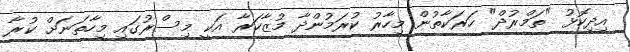
އިދިކޮޅު "ތަމްރުދް" ހަރަކާތުން މިހާރު ކުރަމުންދާ މުޒާހަރާ އަކީ މިސްރުގައި މިހާތަނަށް ކުރާ